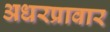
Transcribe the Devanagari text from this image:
अधरप्रावार